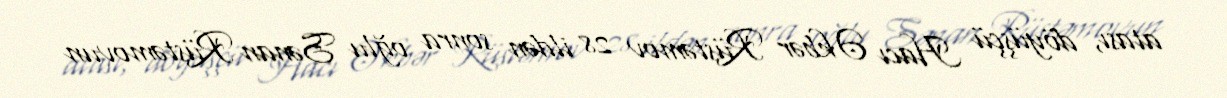
atası, döyüşçü Hacı Əkbər Rüstəmov 28 ildən sonra oğlu Sənan Rüstəmovun